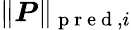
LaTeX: \| \boldsymbol{P}\| _{\mathrm{~p~r~e~d~},i}